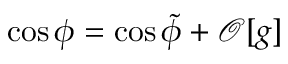
\cos \phi = \cos \tilde { \phi } + \mathcal { O } [ g ]